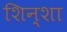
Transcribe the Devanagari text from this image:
शिन्शा